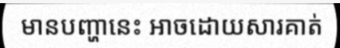
មានបញ្ហានេះ អាចដោយសារគាត់